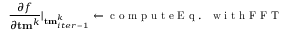
\frac { \partial f } { \partial { \bf t m } ^ { k } } | _ { { \bf t m } _ { i t e r - 1 } ^ { k } } \gets \mathrm { ~ c ~ o ~ m ~ p ~ u ~ t ~ e ~ E ~ q ~ . ~ ~ ~ w ~ i ~ t ~ h ~ F ~ F ~ T ~ }